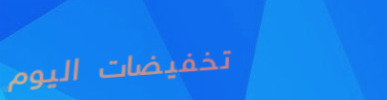
تخفيضات اليوم